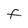
Character: F